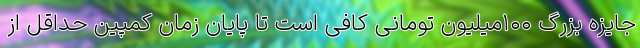
جایزه بزرگ ۱۰۰میلیون تومانی کافی است تا پایان زمان کمپین حداقل از